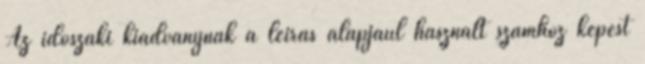
Az időszaki kiadványnak a leírás alapjául használt számhoz képest